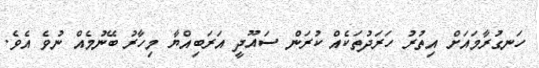
ހަނގުރާމައަށް އިތުރު ހަރަދުތަކެއް ކުރަން ސައޫދީ އަރަބިއްޔާ މިހާރު ބޭނުމެއް ނުވެ އެވެ.